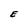
Character: E